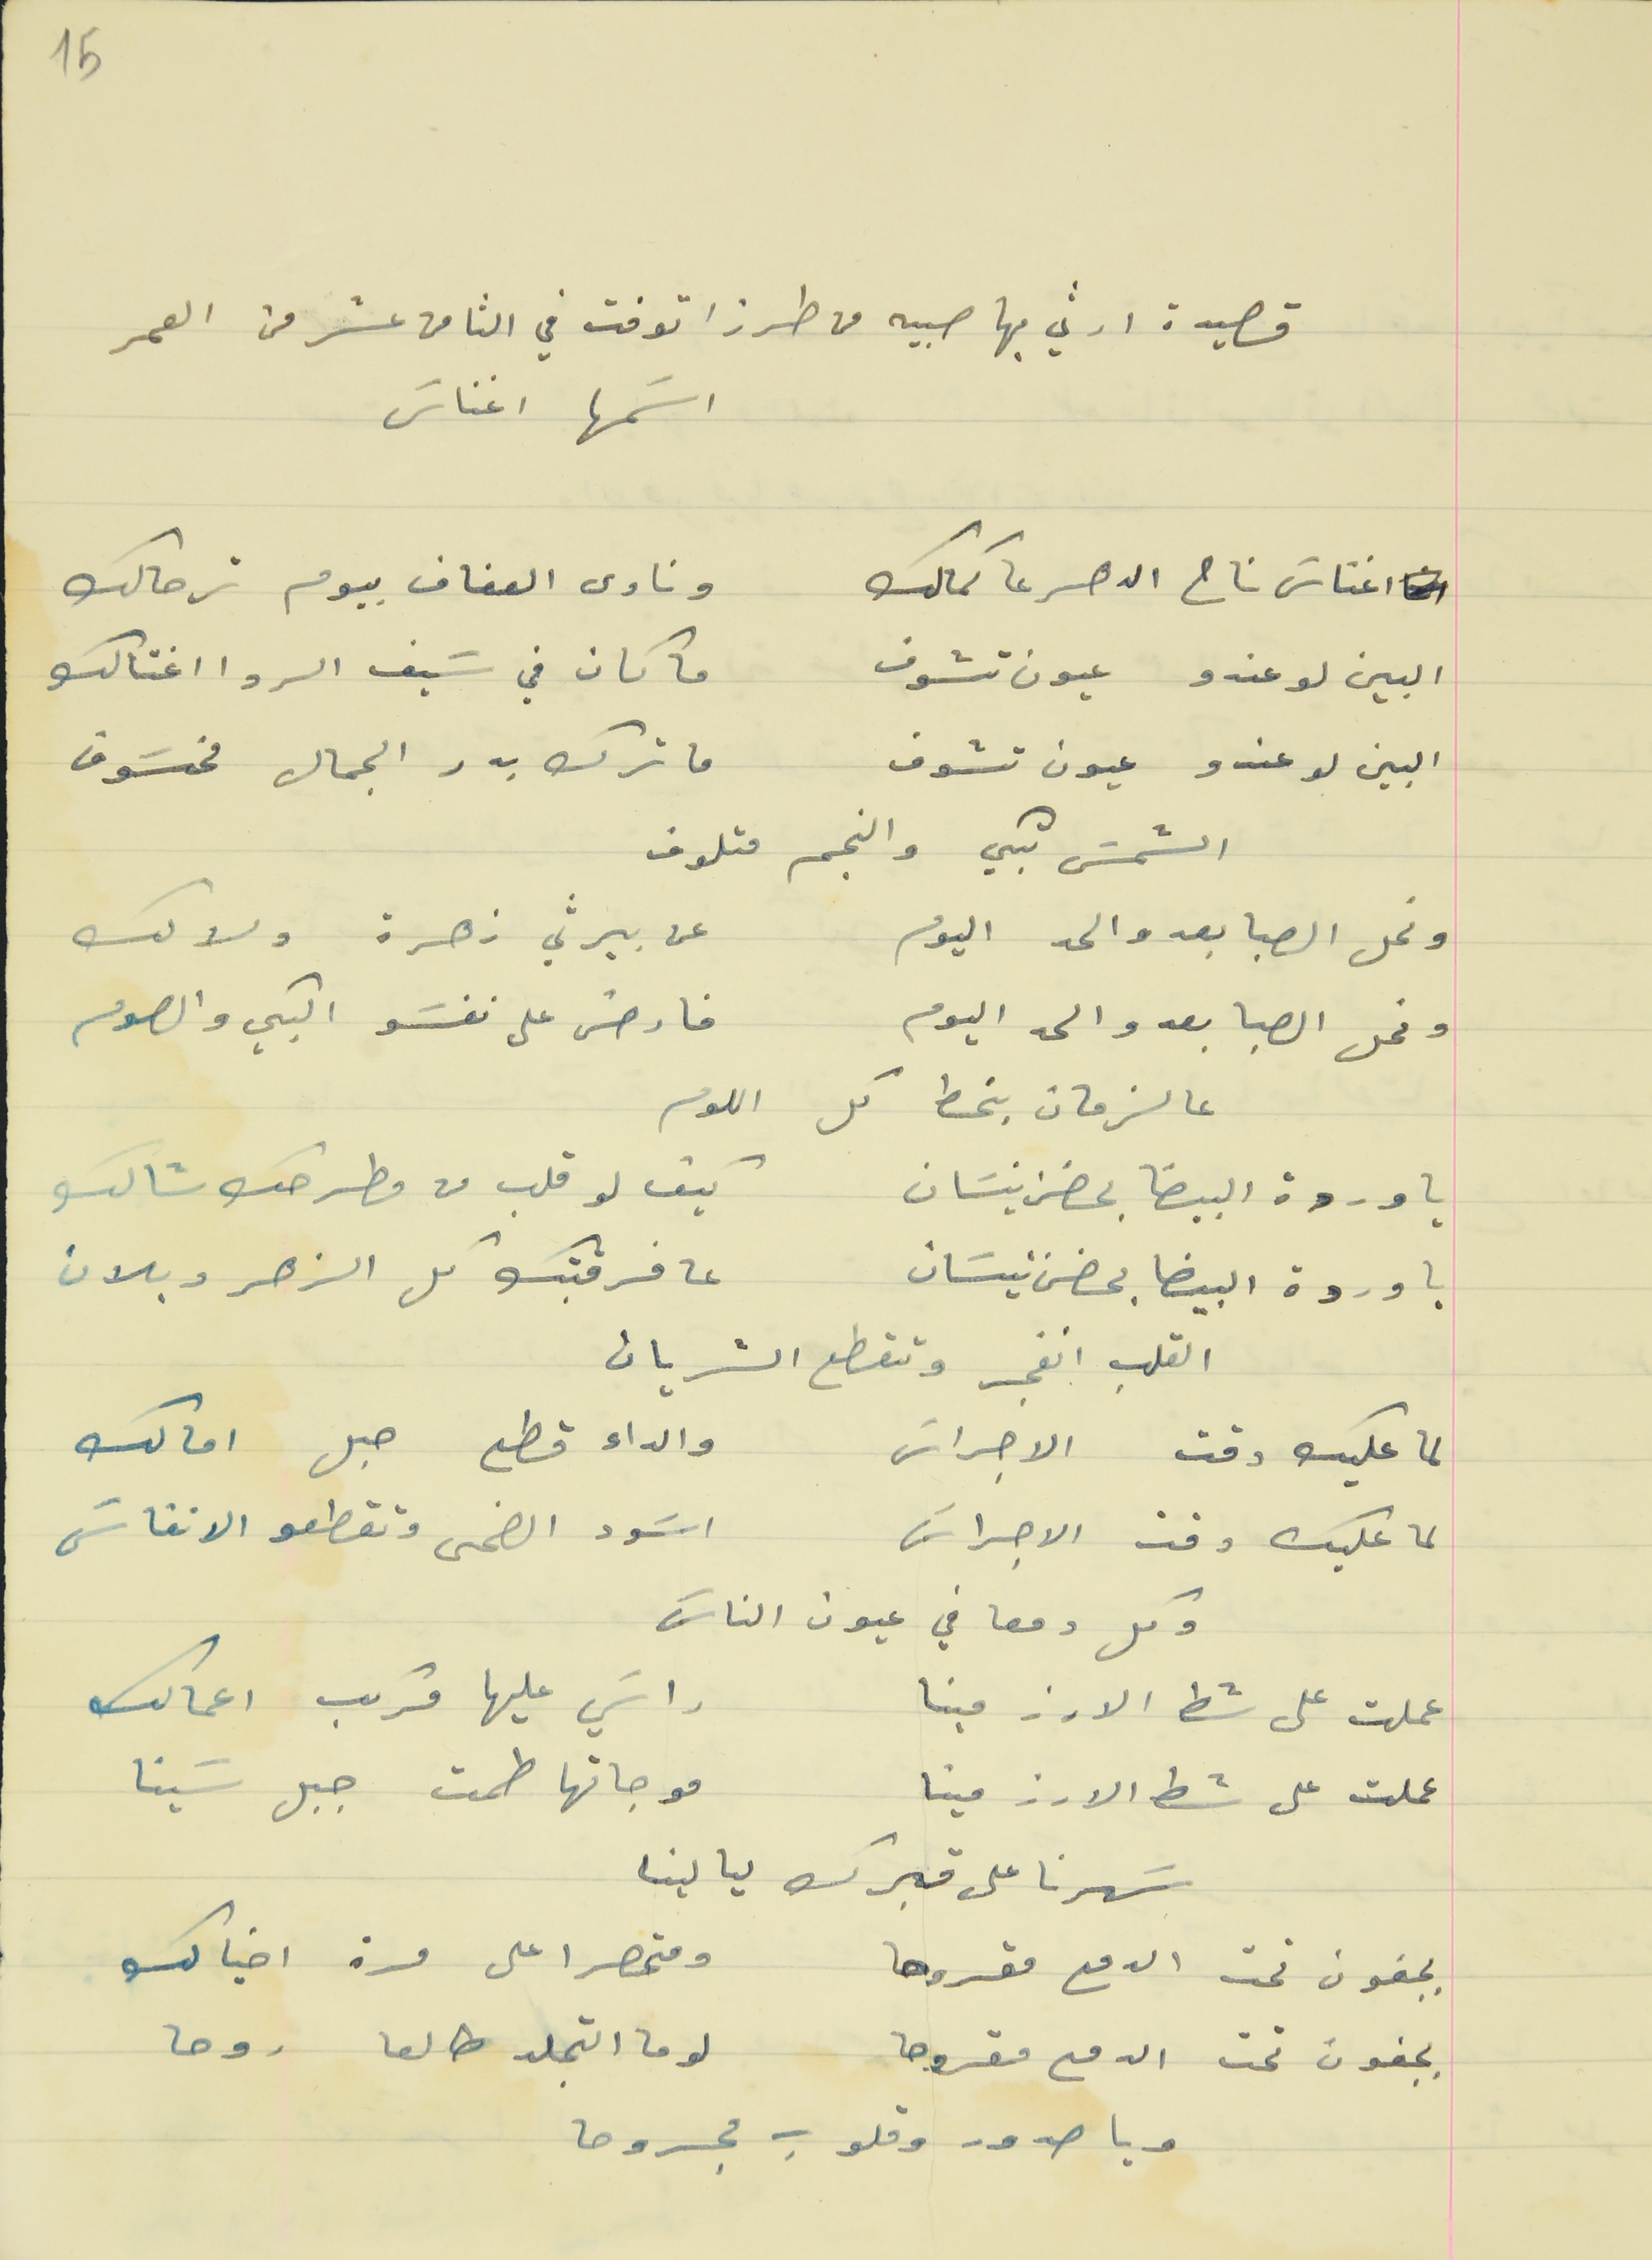
15
قصيدة ارثي بها صبيه من طرزا توفت في الثامن عشر من العمر
اسَمها اغناسَ
اغناسَ ناح الدهر عا كمالك                                  ونادى العفاف بيوم ترحالك
البين لو عندو عيون تشوف                                  ما كان في سَيف الرد اغتالك
البين لو عندو عيون تشوف                                  ما ترك بدر الجمال مخسَوف
الشمسَ تبكي والنجم متلوف
ونحل الصبا بعدو الحد اليوم                                  عن بيرثي زهرة ولاك
ونحل الصبا بعدو الحد اليوم                                  فارض على نفسَو البكي والصوم
عالزمان بنحط كل اللوم
يا وردة البيضا بحضن نيسَان                                  كيف لو قلب من مطرحك شالك
يا وردة البيضا بحضر نيسَان                                  عا فرقتك كل الزهر دبلان
القلب انفجر وتقطع الشريان
لما عليك دقت الاجراسَ                                       والداء قطع حبل امالك
لما عليك دقت الاجراسَ                                        اسَود الضحى وتقطعو الانفاسَ
وكل دمعا في عيون الناسَ
عملت على شط الارز مينا                                  راسَي عليها مركب اعمالك
عملت على شط الارز مينا                                  موجاتها طمت جبل سَينا
سَهرنا على قبرك ليالينا
بجفون تحت الدمع مقروحا                                  ومتحصرا على مرة اخيالك
بجفون تحت الدمع مقروحا                                  لوما التجلد طالعا روحا
ويا صدور وقلوب مجروحا